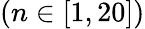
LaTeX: (n\in[1,20])